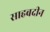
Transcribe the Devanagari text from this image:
साहबदीन